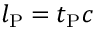
l _ { \mathrm { P } } = t _ { \mathrm { P } } c